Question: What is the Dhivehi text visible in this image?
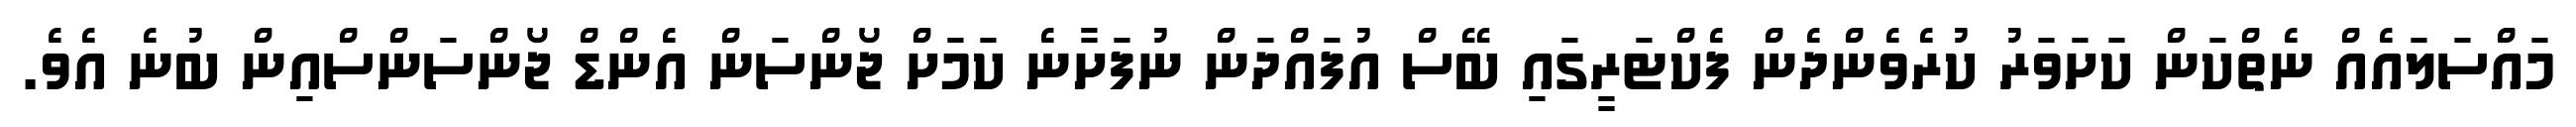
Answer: މައްސަލައެއް ނެތްކަން ކަށަވަރު ކުރެވެންދެން ފެކްޓަރީގައި ބޭސް އުފައްދަން ނުފަށާނެ ކަމަށް ޖޯންސަން އެންޑް ޖޯންސަންސްއިން ބުނެ އެވެ.